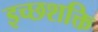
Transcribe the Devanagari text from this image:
इच्छशक्ति